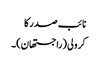
نائب صدر کا
کرولی (راجستھان)۔